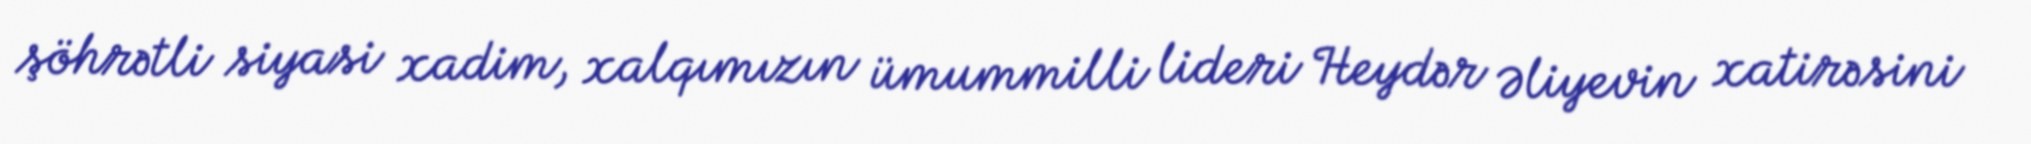
şöhrətli siyasi xadim, xalqımızın ümummilli lideri Heydər Əliyevin xatirəsini